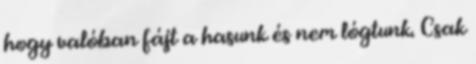
hogy valóban fájt a hasunk és nem lógtunk. Csak